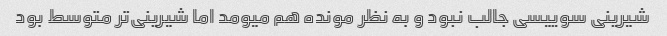
شیرینی سوییسی جالب نبود و به نظر مونده هم میومد اما شیرینی‌تر متوسط بود